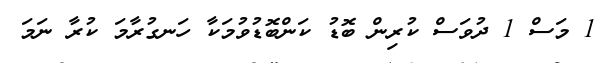
1 މަސް 1 ދުވަސް ކުރިން ބޮޑު ކަންބޮޑުވުމަކާ ހަނގުރާމަ ކުރާ ނަމަ